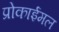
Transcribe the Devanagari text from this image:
प्रोकाईमल